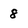
Character: 8